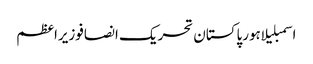
اسمبلیلاہورپاکستان تحریک انصافوزیراعظم